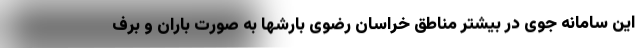
این سامانه جوی در بیشتر مناطق خراسان رضوی بارشها به صورت باران و برف